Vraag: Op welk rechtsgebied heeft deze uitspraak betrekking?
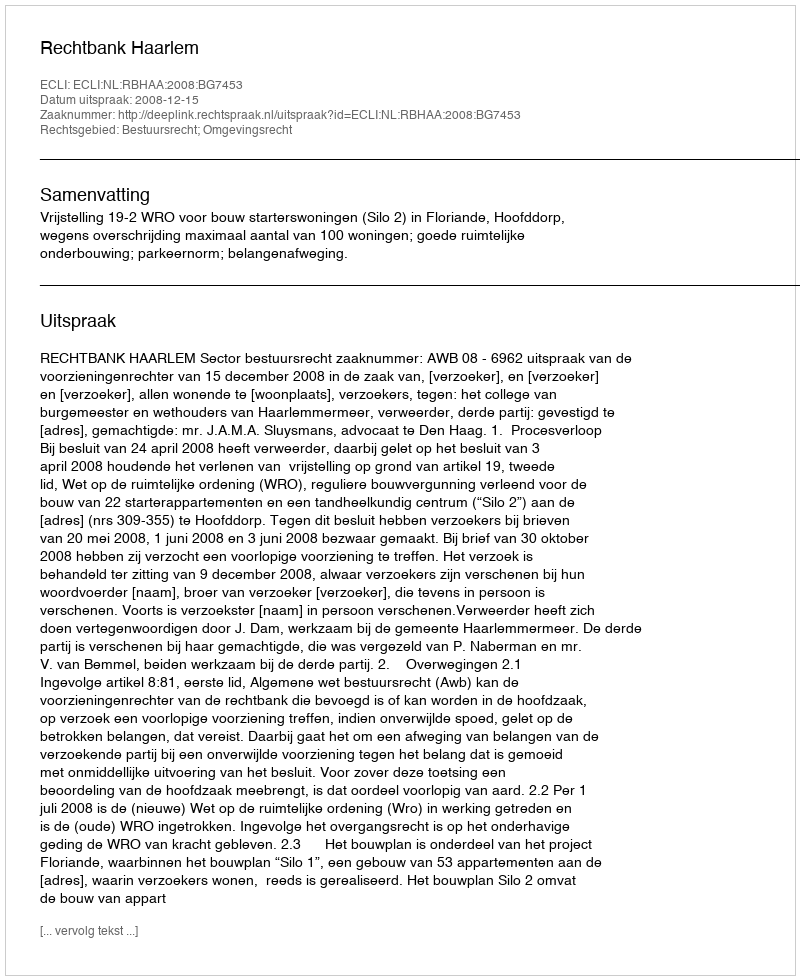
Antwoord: Bestuursrecht; Omgevingsrecht